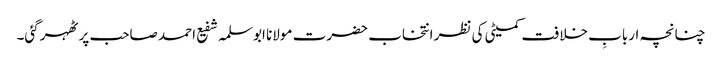
چنانچہ اربابِ خلافت کمیٹی کی نظر انتخاب حضرت مولانا ابوسلمہ شفیع احمد صاحب پر ٹھہرگئی۔